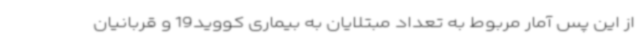
از این پس آمار مربوط به تعداد مبتلایان به بیماری کووید19 و قربانیان